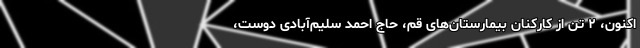
اکنون، ۲ تَن از کارکنان بیمارستان‌های قم، حاج احمد سلیم‌آبادی دوست،